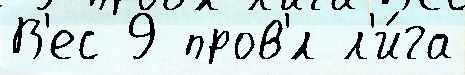
В'ес 9 пров'́л л'и́га